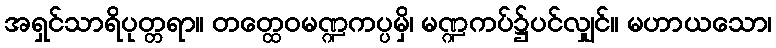
အရှင်သာရိပုတ္တရာ။ တတ္ထေဝမဏ္ဍကပ္ပမှိ၊ မဏ္ဍကပ်၌ပင်လျှင်။ မဟာယသော၊